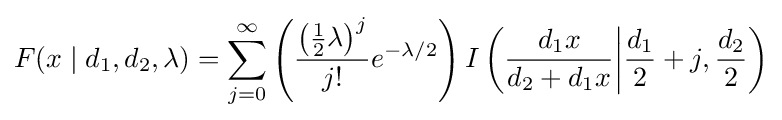
F(x\mid d_{1},d_{2},\lambda )=\sum \limits _{j=0}^{\infty }\left({\frac {\left({\frac {1}{2}}\lambda \right)^{j}}{j!}}e^{-\lambda /2}\right)I\left({\frac {d_{1}x}{d_{2}+d_{1}x}}{\bigg |}{\frac {d_{1}}{2}}+j,{\frac {d_{2}}{2}}\right)